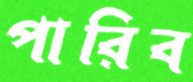
পারিব